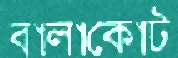
বালাকোট